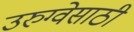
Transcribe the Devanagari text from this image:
उरुग्वेसाठी